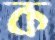
ক